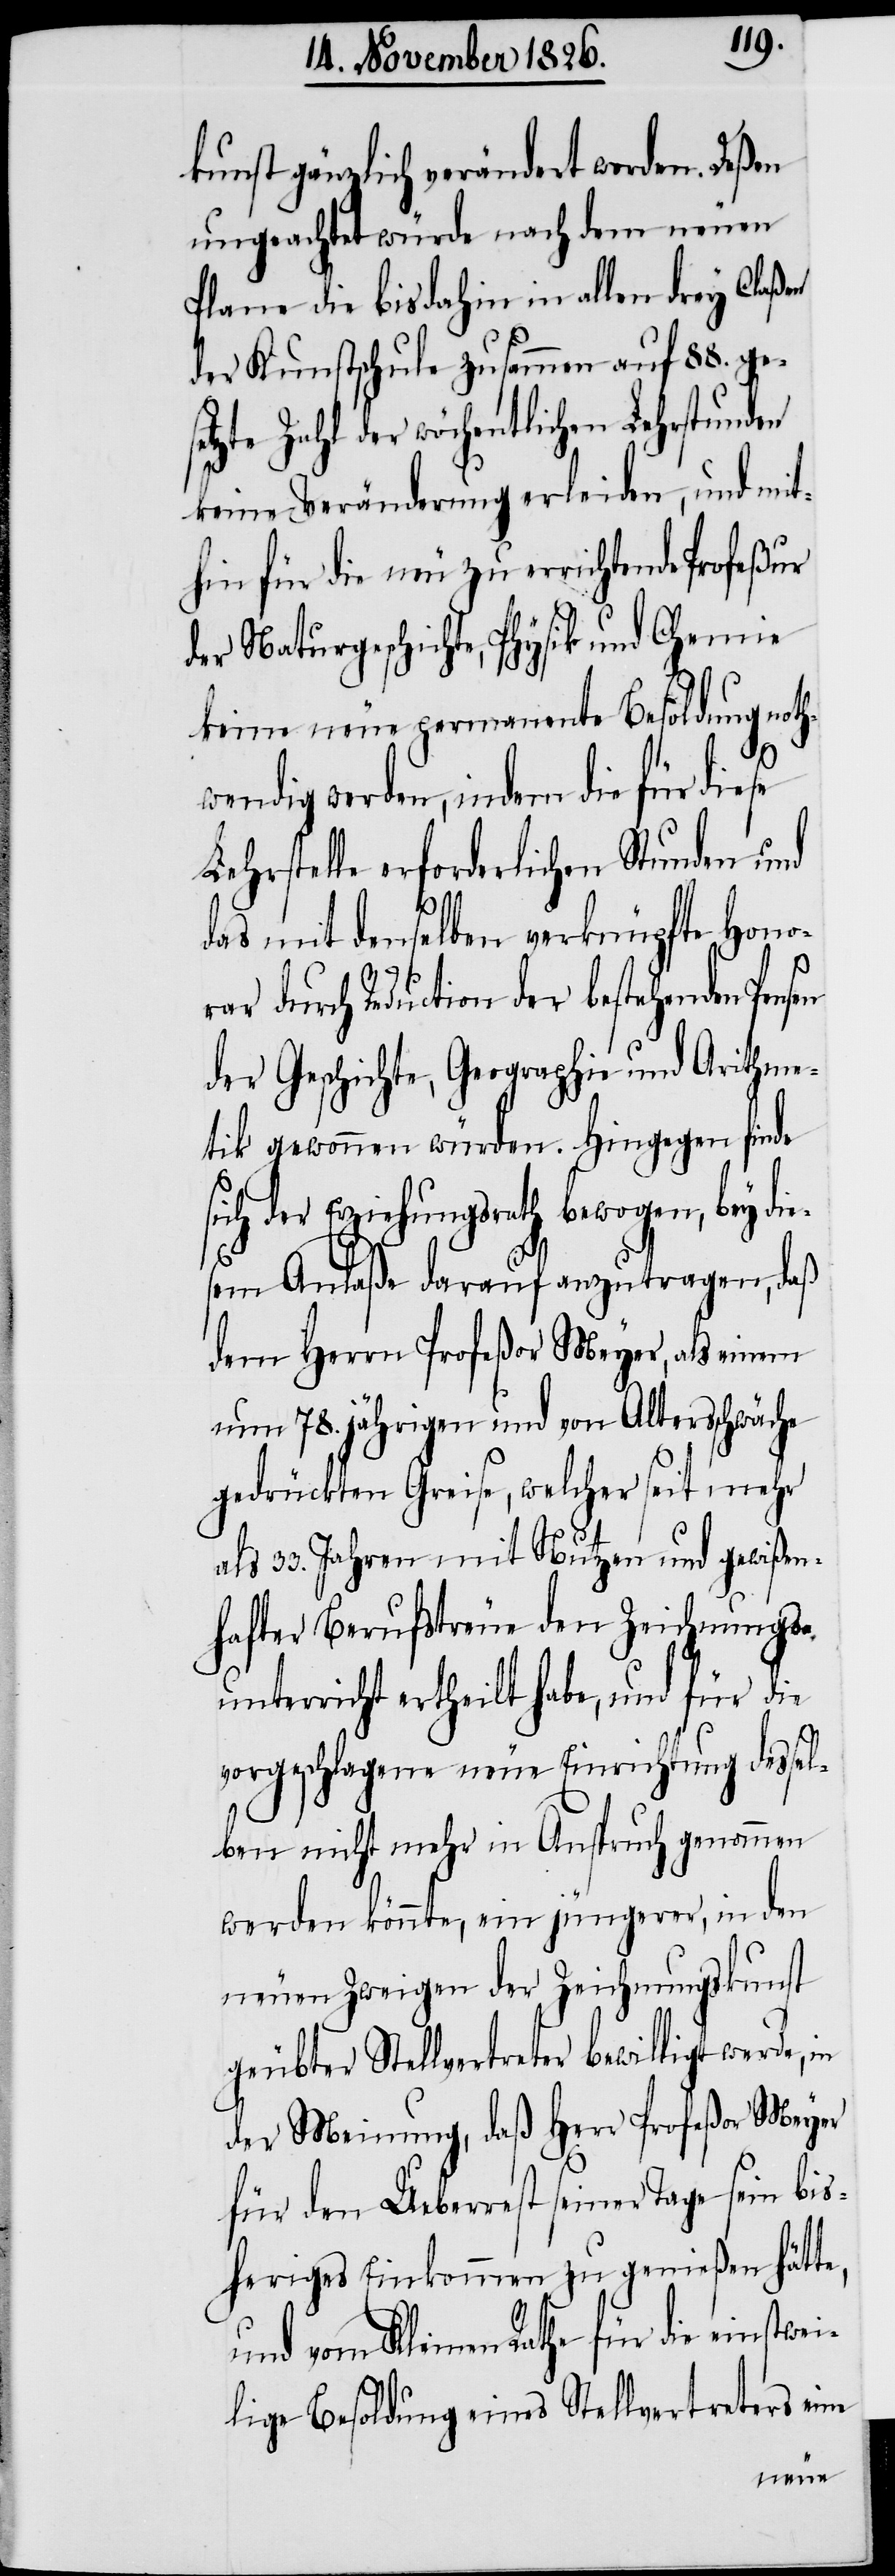
kunst gänzlich verändert worden. Deßen
ungeachtet würde nach dem neuen
Plane die bis dahin in allen drey Claßen
der Kunstschule zusammen auf 88. ge¬
setzte Zahl der wöchentlichen Lehrstunden
keine Veränderung erleiden, und mit¬
hin für die neu zu errichtende Profeßur
der Naturgeschichte, Physik und Chemie
keine neue permanente Besoldung noth¬
wendig werden, indem die für diese
Lehrstelle erforderlichen Stunden und
e¬
das mit denselben verknüpfte Honor¬
ar durch Reduction der bestehenden
der Geschichte, Geographie und Arithme¬
tik gewonnen würden. Hingegen finde
der Erziehungsrath bewogen, bey d¬
iesem Anlaße darauf anzutragen, daß
dem Herrn Profeßor Meyer, als einem
um 78. jährigen und von Altersschwäche
gedrückten Greise, welcher seit mehr
als 33. Jahren mit Nutzen und gewißen¬
hafter Berufstreue den Zeichnungs¬
unterricht ertheilt habe, und für die
vorgeschlagene neue Einrichtung dessel¬
ben nicht mehr in Anspruch genommen
werden könnte, ein jüngerer, in den
neuen Zweigen der Zeichnungskunst
geübter Stellvertreter bewilligt werde, in
der Meinung, daß Herr Profeßor Meyer
für den Ueberrest seiner Tage sein bis¬
heriges Einkommen zu genießen hätte,
und vom Kleinen Rathe für die einst¬
ilige Besoldung eines Stellvertreters eine